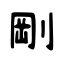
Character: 剛